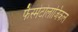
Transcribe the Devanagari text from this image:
फैस्मेटोलाजिकल